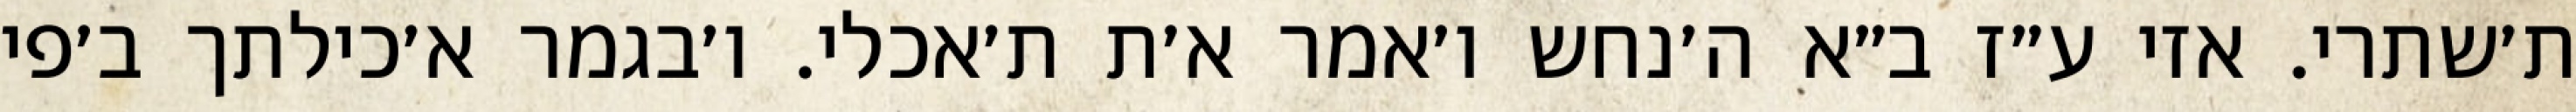
ת׳שתרי. אזי ע״ז ב״א ה׳נחש ו׳אמר א׳ת ת׳אכלי. ו׳בגמר א׳כילתך ב׳פי